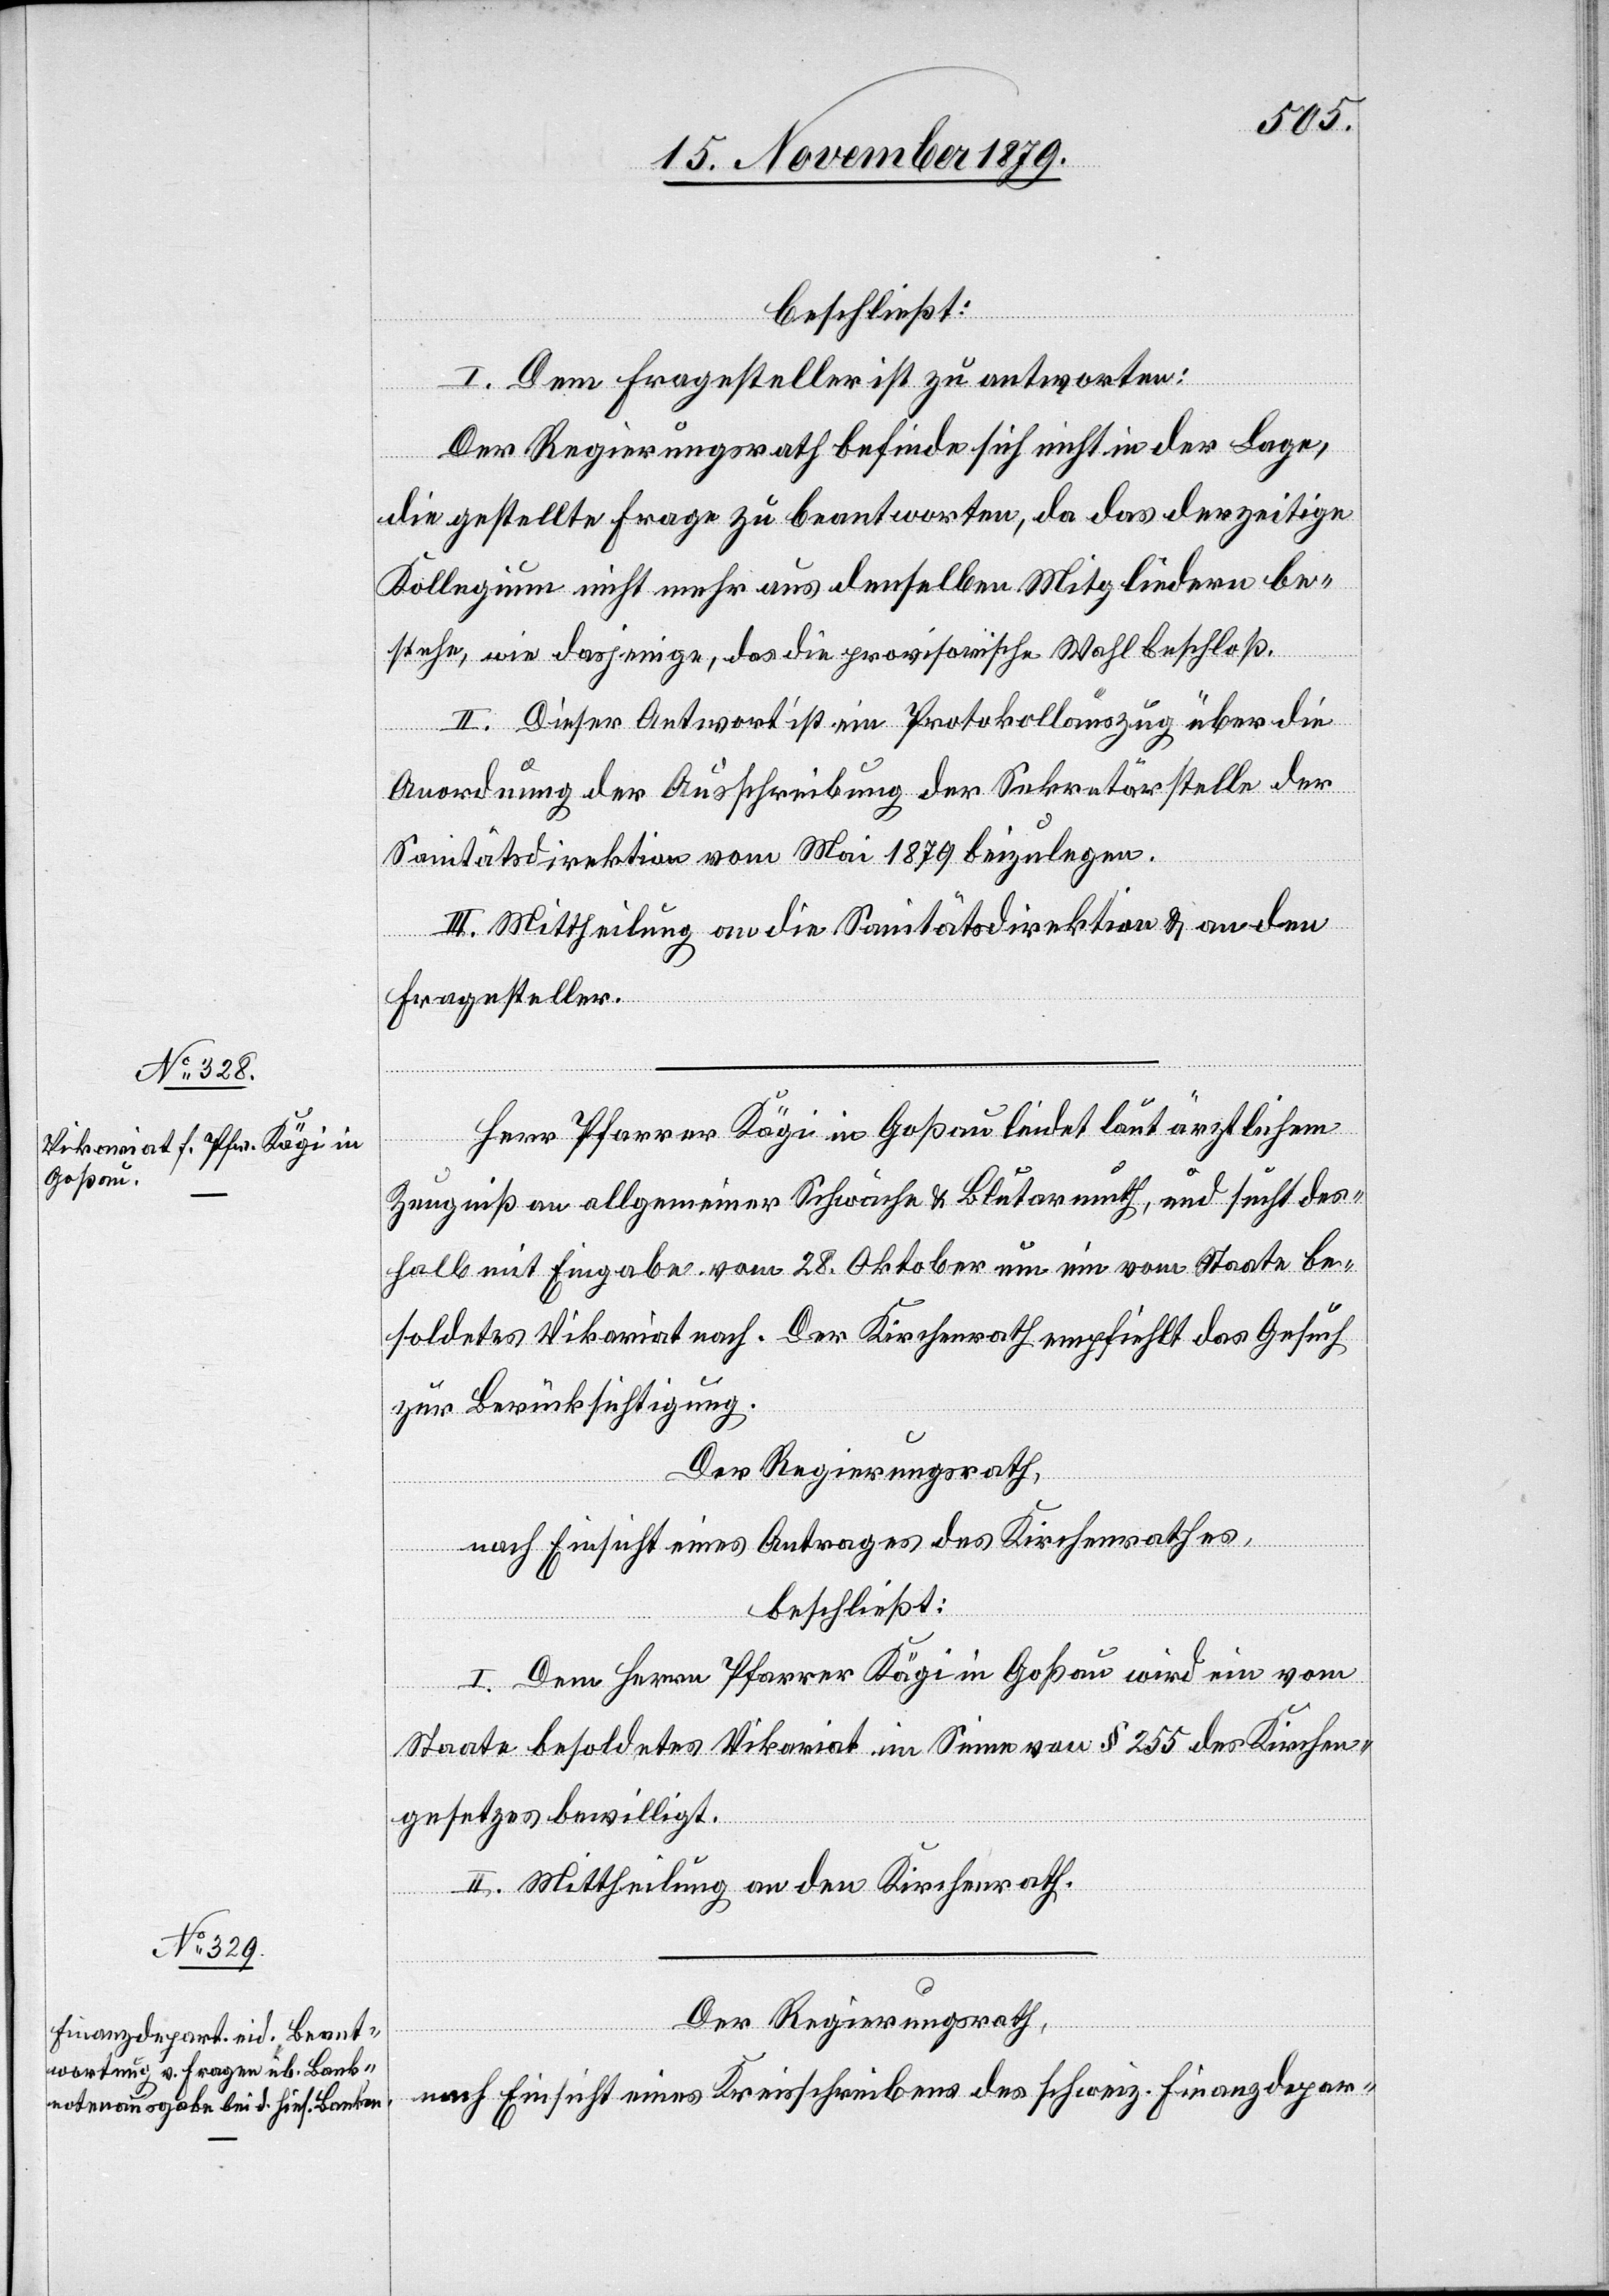
beschließt:
I. Dem Fragesteller ist zu antworten:
Der Regierungsrath befinde sich nicht in der Lage,
die gestellte Frage zu beantworten, da das derzeitige
Kollegium nicht mehr aus denselben Mitgliedern be¬
stehe, wie dasjenige, das die provisorische Wahl beschloß.
II. Dieser Antwort ist ein Protokollauszug über die
Anordnung der Ausschreibung der Sekretärstelle der
Sanitätsdirektion vom Mai 1879 beizulegen.
III. Mittheilung an die Sanitätsdirektion & an den
Fragesteller.
Herr Pfarrer Kägi in Goßau leidet laut ärztlichem
Zeugniß an allgemeiner Schwäche & Blutarmuth, und sucht des¬
halb mit Eingabe vom 28. Oktober um ein vom Staate be¬
soldetes Vikariat nach. Der Kirchenrath empfiehlt das Gesuch
zur Berücksichtigung.
Der Regierungsrath,
nach Einsicht eines Antrages des Kirchenrathes,
beschließt:
I. Dem Herrn Pfarrer Kägi in Goßau wird ein vom
Staate besoldetes Vikariat im Sinne von § 255 des Kirchen¬
gesetzes bewilligt.
II. Mittheilung an den Kirchenrath.
Der Regierungsrath,
nach Einsicht eines Kreisschreibens des schweiz. Finanzdepar-